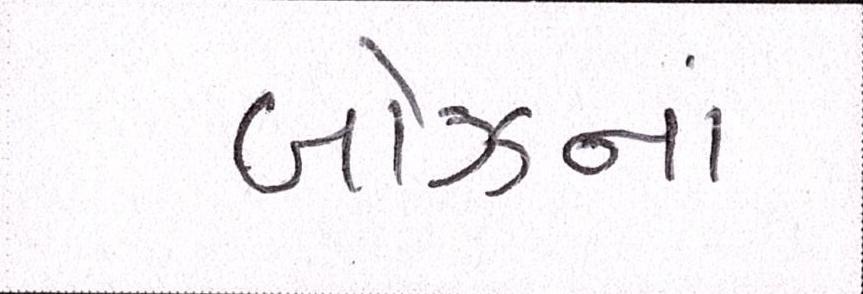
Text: બોઝનાં